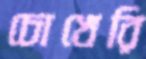
চোখেরি